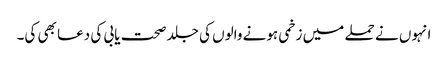
انہوں نے حملے میں زخمی ہونے والوں کی جلد صحت یابی کی دعا بھی کی۔